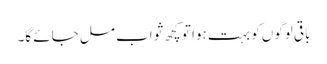
باقی لوگوں کو بہت ہوا تو کچھ ثواب مل جائے گا۔